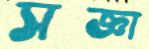
সজ্ঞা